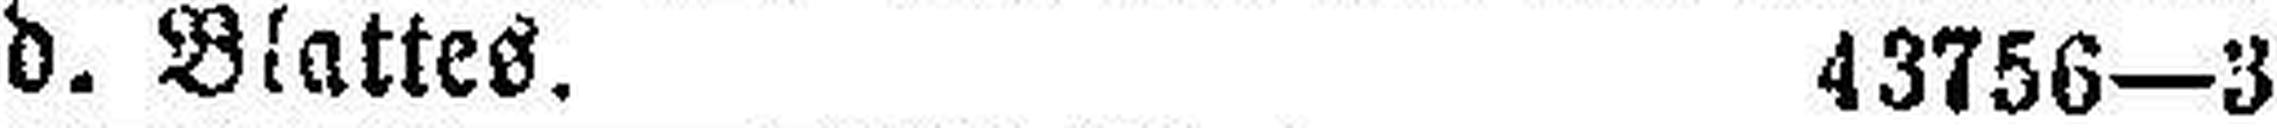
d. Blattes. 43756—3